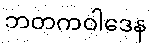
ဘတကဝါဒေန